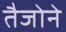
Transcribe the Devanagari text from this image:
तैजोने